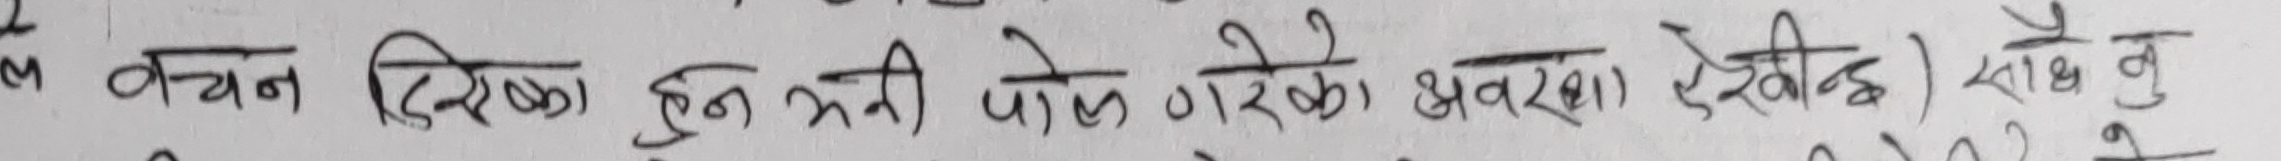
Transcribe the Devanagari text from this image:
वचन देखिका हुन भनी प,ने गरेका भवरखी देखिन्छ) साथै